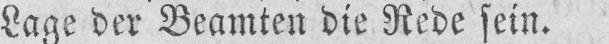
Lage der Beamten die Rede sein.